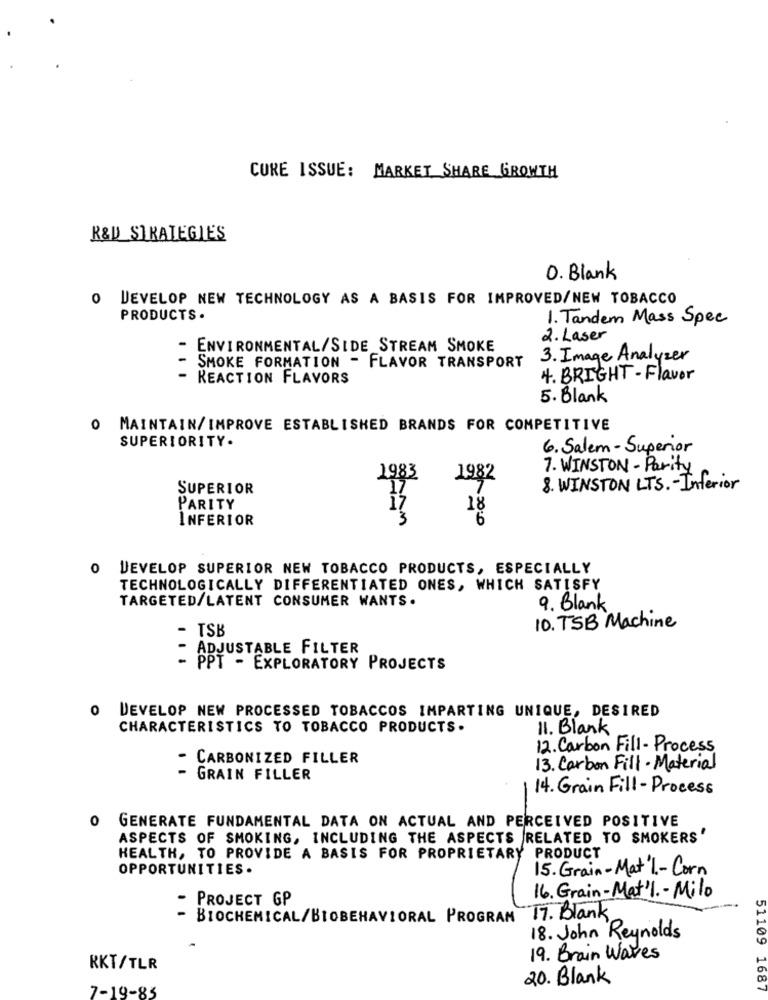
CURE ISSUE: MARKET SHARE GROWTH
R&D STRATEGIES
0. Blank
0
DEVELOP NEW TECHNOLOGY AS A BASIS FOR IMPROVED/NEW TOBACCO
PRODUCTS .
1. Tandem Mass Spec
2. Laser
- ENVIRONMENTAL/SIDE STREAM SMOKE
3. Image Analyzer
SMOKE FORMATION - FLAVOR TRANSPORT
- REACTION FLAVORS
4. BRIGHT- Flavor
5. Blank
O MAINTAIN/IMPROVE ESTABLISHED BRANDS FOR COMPETITIVE
SUPERIORITY.
6. Salem - Superior
7. WINSTON- Parity
1983
1982
SUPERIOR
8. WINSTON LTS. - Inferior
PARITY
18
INFERIOR
6
0
DEVELOP SUPERIOR NEW TOBACCO PRODUCTS, ESPECIALLY
TECHNOLOGICALLY DIFFERENTIATED ONES, WHICH SATISFY
TARGETED/LATENT CONSUMER WANTS.
9. Blank
- TSB
10. TSB Machine
ADJUSTABLE FILTER
.. .
PPT - EXPLORATORY PROJECTS
O DEVELOP NEW PROCESSED TOBACCOS IMPARTING UNIQUE, DESIRED
CHARACTERISTICS TO TOBACCO PRODUCTS.
11. Blank
12. Carbon Fill- Process
CARBONIZED FILLER
13. Carbon Fill - Material
GRAIN FILLER
14. Grain Fill- Process
0
GENERATE FUNDAMENTAL DATA ON ACTUAL AND PERCEIVED POSITIVE
ASPECTS OF SMOKING, INCLUDING THE ASPECTS RELATED TO SMOKERS'
HEALTH, TO PROVIDE A BASIS FOR PROPRIETARY PRODUCT
OPPORTUNITIES.
15. Grain-Mat 1 .- Corn
PROJECT GP
16. Grain-Mat'1 .- Milo
- BIOCHEMICAL/BIOBEHAVIORAL PROGRAM 17. Blank
18. John Reynolds
19. Brain Waves
RKT/TLR
20. Blank
7-19-83
51109 1687